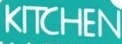
KITCHEN